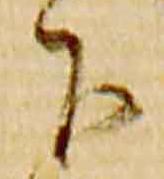
下